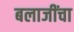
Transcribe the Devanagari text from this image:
बलाजींचा